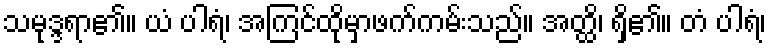
သမုဒ္ဒရာ၏။ ယံ ပါရံ၊ အကြင်ထိုမှာဖက်ကမ်းသည်။ အတ္ထိ၊ ရှိ၏။ တံ ပါရံ၊